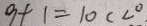
9 + 1 = 1 0 c < 0